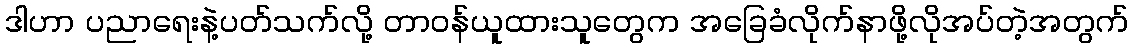
ဒါဟာ ပညာရေးနဲ့ပတ်သက်လို့ တာဝန်ယူထားသူတွေက အခြေခံလိုက်နာဖို့လိုအပ်တဲ့အတွက်